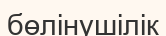
бөлінушілік